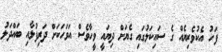
ފަހު އެކުވެރިޔެއް ގެ ސައިކަލުގައި ގެޔަށް ދިޔައީ ވީހާވެސް އަވަހަކަށް ދަރިފުޅާއި ބައްދަލު